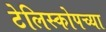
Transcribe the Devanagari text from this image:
टेलिस्कोपच्या